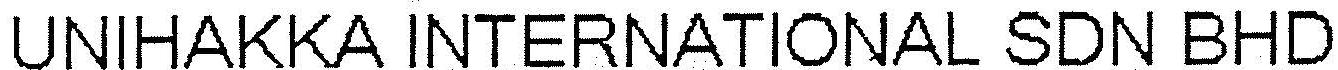
UNIHAKKA INTERNATIONAL SDN BHD